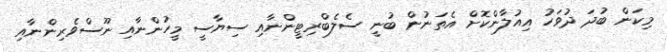
މިކަން ބުދަ ދުވަހު އިއުލާންކޮށް އެތަނުން ބުނީ ސެލެބްރިޓީންނާއި ސިޔާސީ މީހުންނާއި ނޫސްވެރިންނާއި